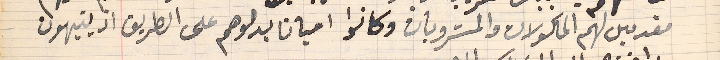
مقدمين لهم الماكولات والمشروبات وكانوا احيانا يدلوهم على الطريق اذ يتيهون